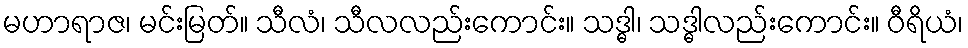
မဟာရာဇ၊ မင်းမြတ်။ သီလံ၊ သီလလည်းကောင်း။ သဒ္ဓါ၊ သဒ္ဓါလည်းကောင်း။ ဝီရိယံ၊